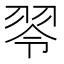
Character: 䎆